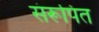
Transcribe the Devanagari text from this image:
संरूपित